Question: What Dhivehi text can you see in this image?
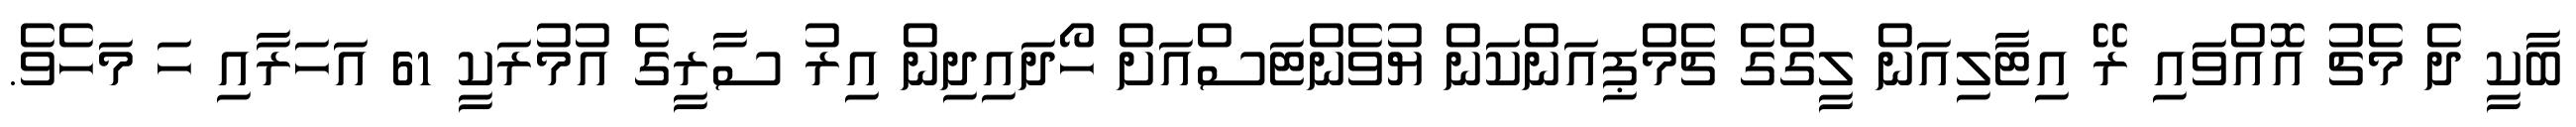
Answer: ބާކީ ދެ މެޗު އޮއްވައި ރޭ އިޓާލިއަން ލީގްގެ ޗެމްޕިއަންކަން ޔުވެންޓަސްއަށް ހޯދައިދިން އިރު ސާރީގެ އުމުރަކީ 61 އަހަރާއި ހަ މަހެވެ.